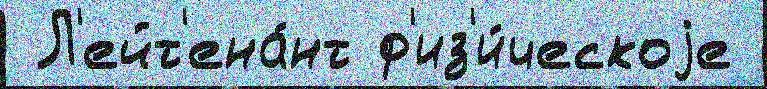
 Л'ейт'ена́нт ф'из'и́ческоjе